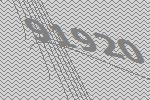
91920